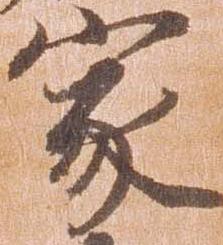
家